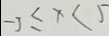
- 3 \leq x < 5